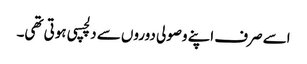
اسے صرف اپنے وصولی دوروں سے دلچسپی ہوتی تھی۔